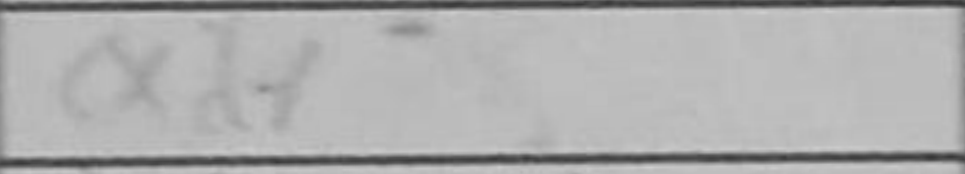
Transcription: Qd7